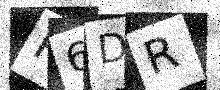
Text: P6DR